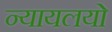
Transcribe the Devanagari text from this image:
न्यायलयो